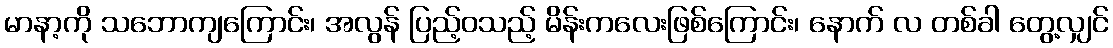
မာနာ့ကို သဘောကျကြောင်း၊ အလွန် ပြည့်ဝသည့် မိန်းကလေးဖြစ်ကြောင်း၊ နောက် လ တစ်ခါ တွေ့လျှင်